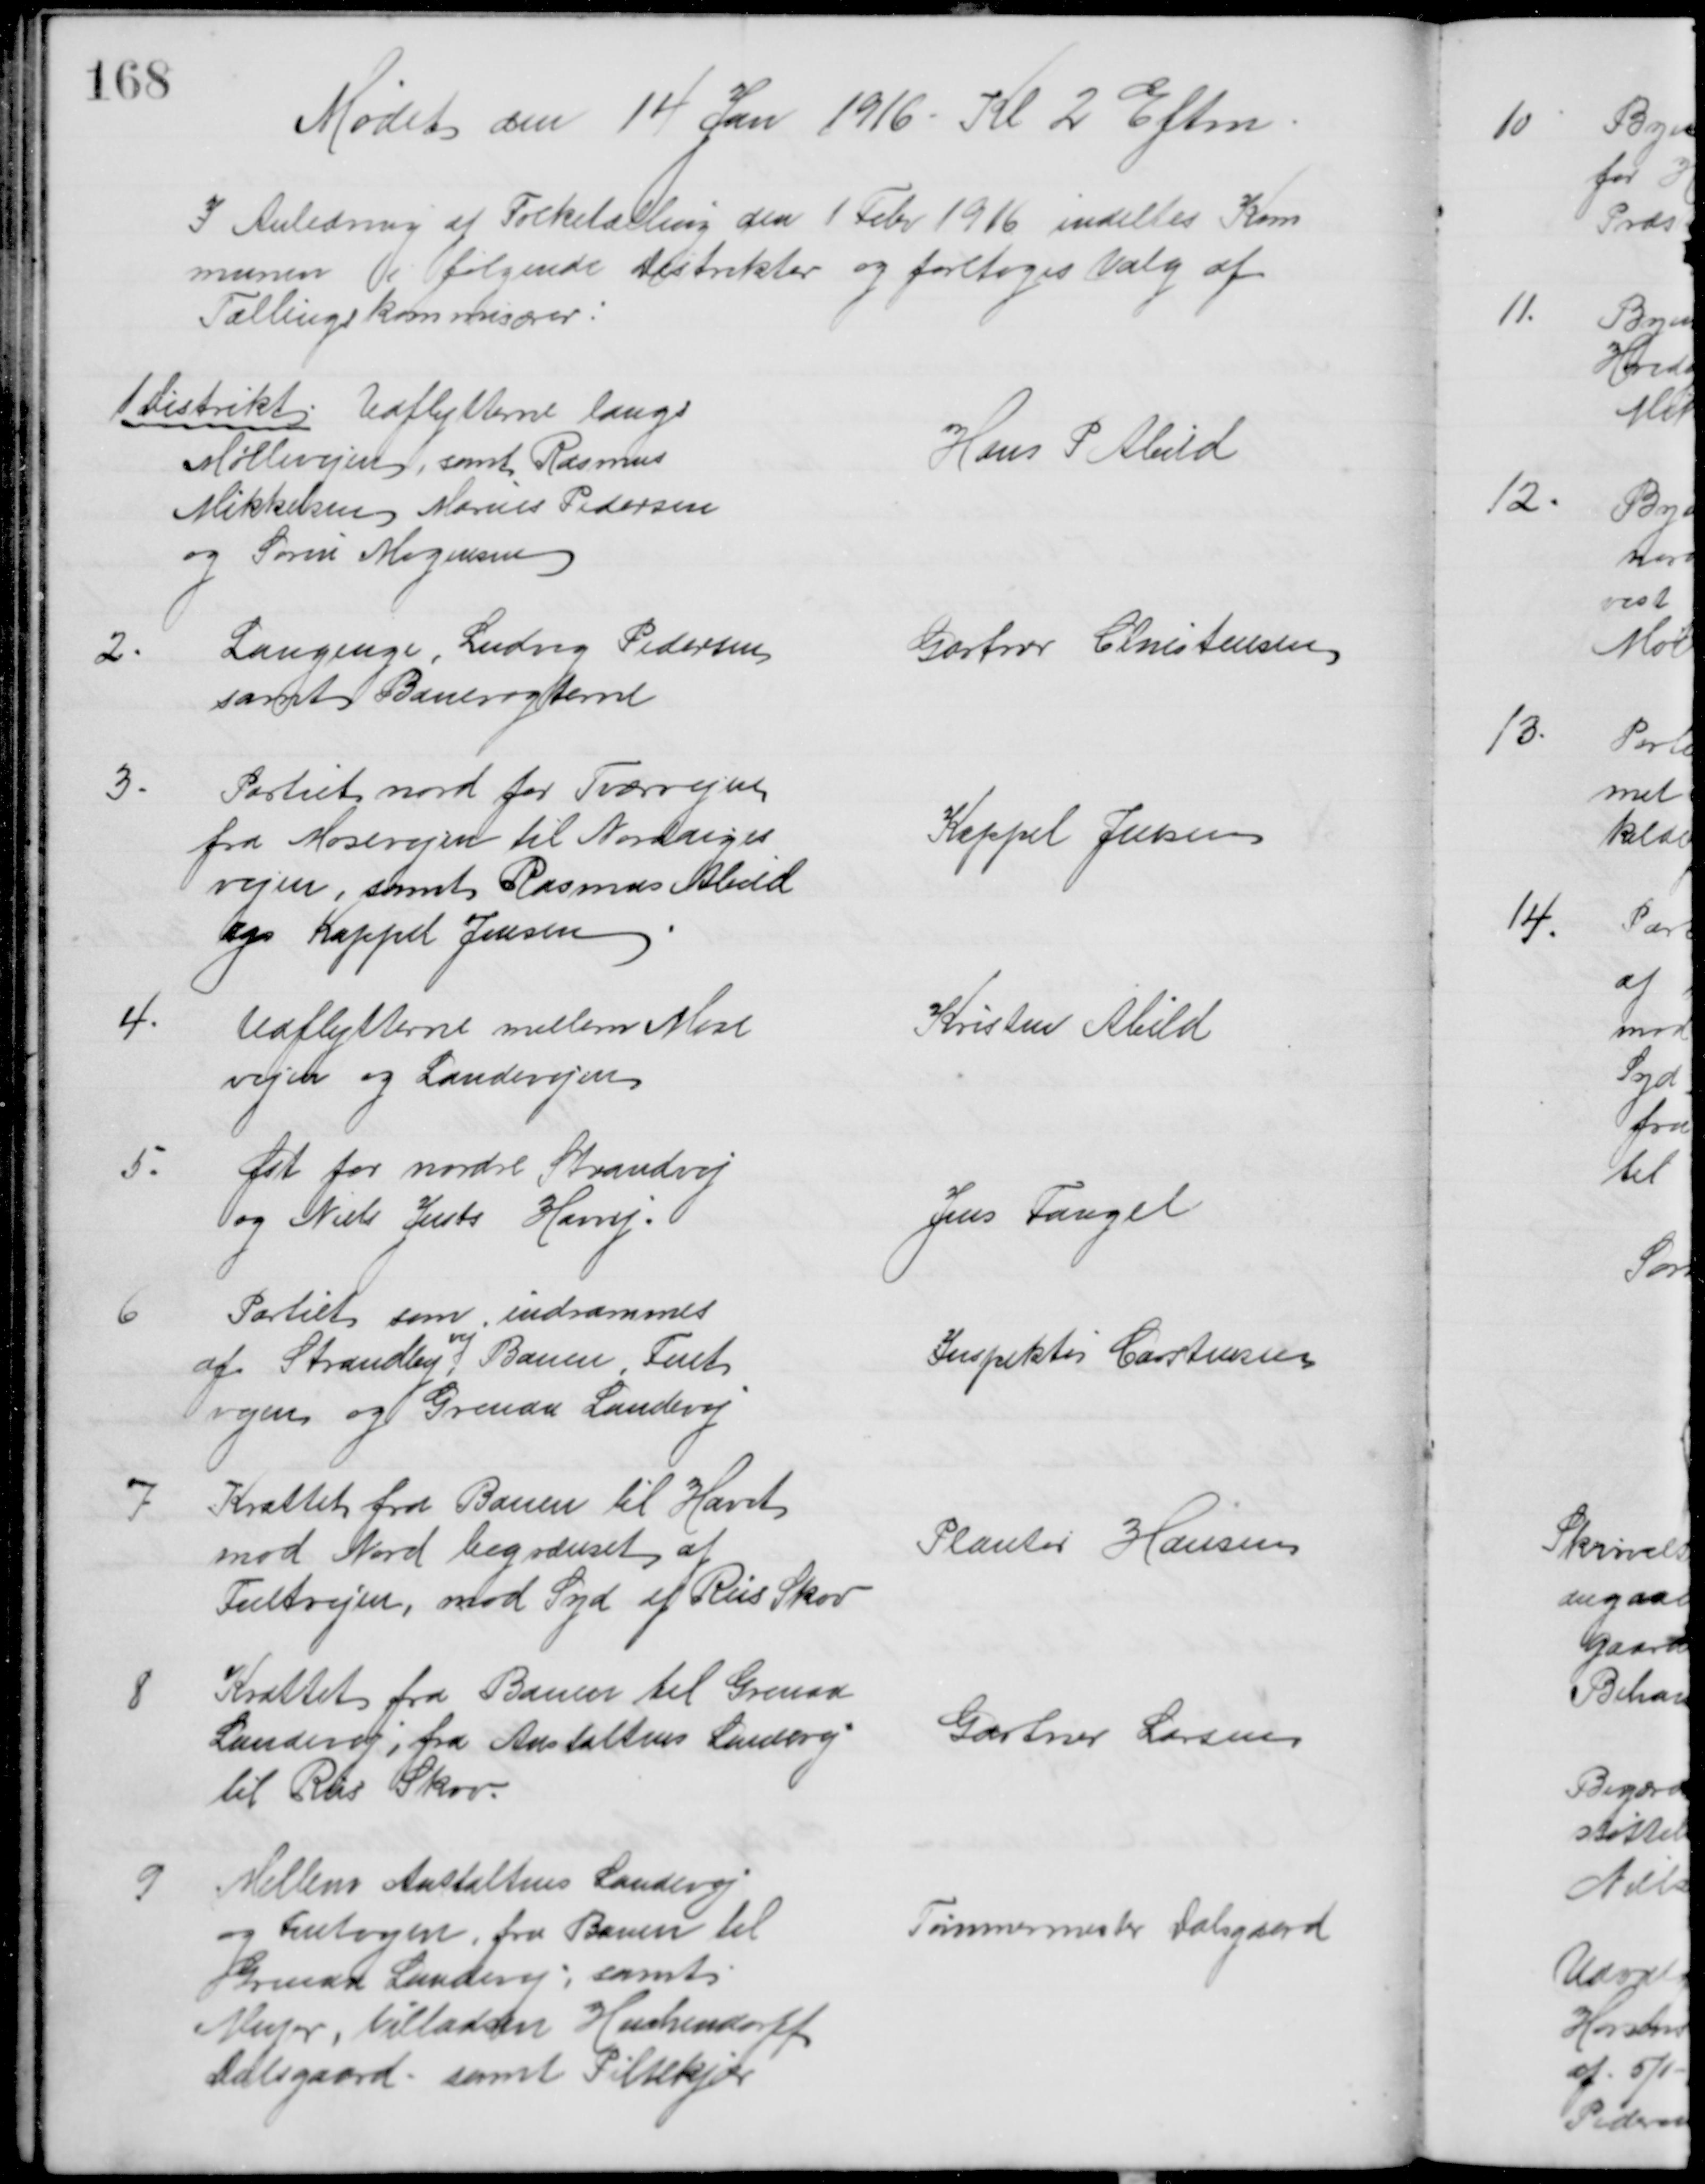
Transskription:
Mødet den 14 Jan 1916. Kl 2 Eftm
I Anledning af Folketælling den 1 Febr 1916 indeltes Kom
munen i følgende Distrikter og foretoges Valg af 
Tællingskommisærer:
1 Distrikt. Udflytterne langs
Møllevejen, samt Rasmus
Mikkelsen Marius Pedersen
og Søren Mogensen
Hans P Abild
2.
Langenge, Ludvig Pedersen
samt Banevogterne
Gartner Christensen
3.
Partiet nord for Tværvejen
fra Mosevejen til Norddiges
vejen, samt Rasmus Abild
og Kappel Jensen
Kappel Jensen
4.
Udflytterne mellem Mose
vejen og Landevejen
Kristen Abild
5.
Øst for nordre Strandvej
og Niels Justs Havvej.
Jens Fangel
6
Partiet som indsammes
af Strandby
vej
,
Banen, Fuet
vejen og Grenaa Landevej
Inspektør Carstensen
7
Krattet fra Banen til Havet
mod Nord begrænset af 
Fuetvejen, mod Syd af Riis Skov
Plantør Hansen
8
Krattet fra Banen til Grenaa
Landevej, fra Anstaltens Landevej
til Riis Skov.
Gartner Larsen
9
Mellem Anstaltens Landevej
og Fuetvejen fra Banen til
Grenaa Landevej, samt
Meyer, Villadsen Heichendorff
Dalsgaard, samt Pihlkjær
Tømmermester Dalsgaard